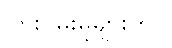
ကြိုးပမ်းမှုများတွင်